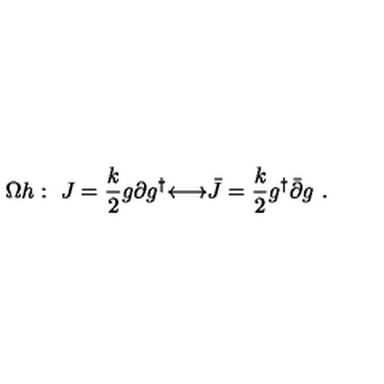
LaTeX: \Omega h : \ J = \frac { k } { 2 } g \partial g ^ { \dagger } { \longleftrightarrow } { \bar { J } } = \frac { k } { 2 } g ^ { \dagger } { \bar { \partial } } g \ .